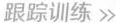
跟踪训练≫